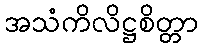
အသံကိလိဋ္ဌစိတ္တာ